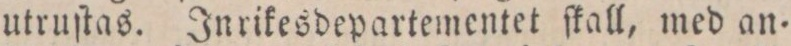
utruſtas. Inrikesdepartementet ſkall, med an=